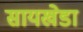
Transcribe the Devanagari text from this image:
सायखेडा